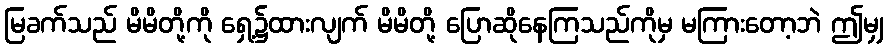
မြခက်သည် မိမိတို့ကို ရှေ့၌ထားလျက် မိမိတို့ ပြောဆိုနေကြသည်ကိုမှ မကြားတော့ဘဲ ဤမျှ